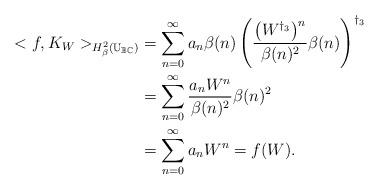
LaTeX: \begin{align*} <f,K_W>_{H^2_\beta(\mathbb{U}_{\mathbb{B}\mathbb{C}})}&=\sum_{n=0}^\infty{a_n\beta(n)\left(\frac{\left(W^{\dagger_3}\right)^n}{\beta(n)^2}\beta(n)\right)}^{\dagger_3}\\&= \sum_{n=0}^\infty{\frac{a_n W^n}{\beta(n)^2}\beta(n)^2}\\&= \sum_{n=0}^\infty{a_n W^n}=f(W). \end{align*}